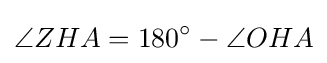
\angle ZHA=180^{\circ }-\angle OHA